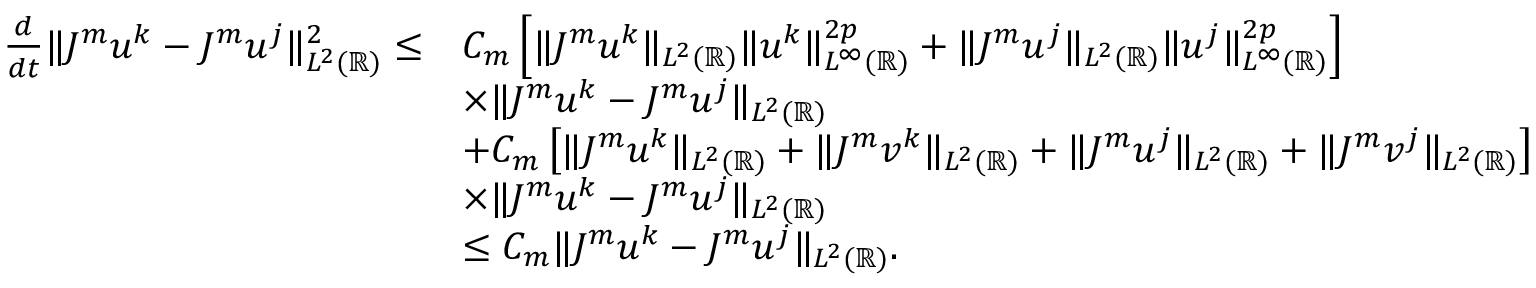
\begin{array} { r l } { \frac { d } { d t } \| J ^ { m } u ^ { k } - J ^ { m } u ^ { j } \| _ { L ^ { 2 } ( \mathbb { R } ) } ^ { 2 } \leq } & { C _ { m } \left[ \| J ^ { m } u ^ { k } \| _ { L ^ { 2 } ( \mathbb { R } ) } \| u ^ { k } \| _ { L ^ { \infty } ( \mathbb { R } ) } ^ { 2 p } + \| J ^ { m } u ^ { j } \| _ { L ^ { 2 } ( \mathbb { R } ) } \| u ^ { j } \| _ { L ^ { \infty } ( \mathbb { R } ) } ^ { 2 p } \right] } \\ & { \times \| J ^ { m } u ^ { k } - J ^ { m } u ^ { j } \| _ { L ^ { 2 } ( \mathbb { R } ) } } \\ & { + C _ { m } \left[ \| J ^ { m } u ^ { k } \| _ { L ^ { 2 } ( \mathbb { R } ) } + \| J ^ { m } v ^ { k } \| _ { L ^ { 2 } ( \mathbb { R } ) } + \| J ^ { m } u ^ { j } \| _ { L ^ { 2 } ( \mathbb { R } ) } + \| J ^ { m } v ^ { j } \| _ { L ^ { 2 } ( \mathbb { R } ) } \right] } \\ & { \times \| J ^ { m } u ^ { k } - J ^ { m } u ^ { j } \| _ { L ^ { 2 } ( \mathbb { R } ) } } \\ & { \leq C _ { m } \| J ^ { m } u ^ { k } - J ^ { m } u ^ { j } \| _ { L ^ { 2 } ( \mathbb { R } ) } . } \end{array}